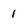
Character: l